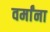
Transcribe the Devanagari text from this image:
वर्मांना